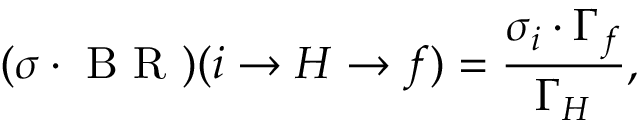
( \sigma \cdot \mathrm { ~ B ~ R ~ } ) ( i \to { H } \to f ) = \frac { \sigma _ { i } \cdot \Gamma _ { f } } { \Gamma _ { H } } ,